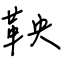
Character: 鞅